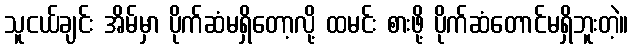
သူငယ်ချင်း အိမ်မှာ ပိုက်ဆံမရှိတော့လို့ ထမင်း စားဖို့ ပိုက်ဆံတောင်မရှိဘူးတဲ့။